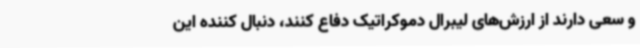
و سعی دارند از ارزش‌های لیبرال دموکراتیک دفاع کنند، دنبال کننده این